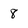
Character: 8